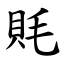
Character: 㲘